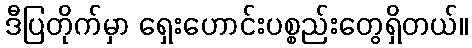
ဒီပြတိုက်မှာ ရှေးဟောင်းပစ္စည်းတွေရှိတယ်။